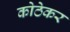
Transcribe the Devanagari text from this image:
कोठेकर